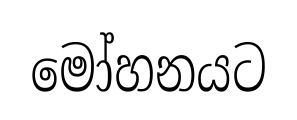
මෝහනයට